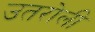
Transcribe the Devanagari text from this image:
उतरोली